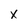
Character: x